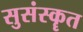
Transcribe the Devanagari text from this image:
सुसंस्कॄत